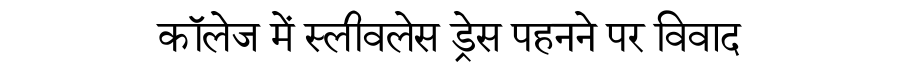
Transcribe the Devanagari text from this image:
कॉलेज में स्लीवलेस ड्रेस पहनने पर विवाद